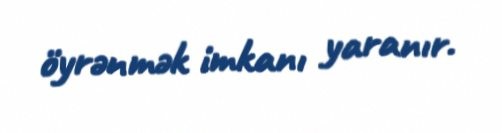
öyrənmək imkanı yaranır.